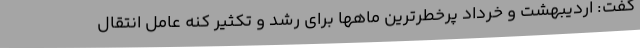
گفت: اردیبهشت و خرداد پرخطرترین ماهها برای رشد و تکثیر کنه عامل انتقال